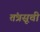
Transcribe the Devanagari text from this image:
तंत्रसूची